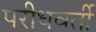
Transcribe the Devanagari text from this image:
परीधवर्ती